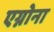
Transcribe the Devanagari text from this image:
एग्नोना